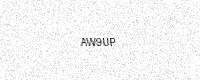
Text: AW9UP